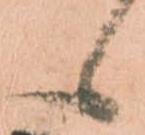
候